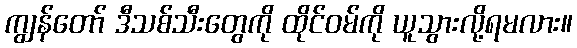
ကျွန်တော် ဒီသစ်သီးတွေကို ထိုင်ဝမ်ကို ယူသွားလို့ရမလား။